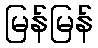
မြန်မြန်